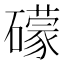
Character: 礞